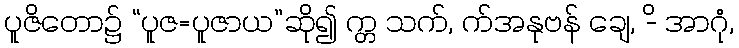
ပူဇိတော၌ “ပူဇ=ပူဇာယ”ဆို၍ က္တ သက်, က်အနုဗန် ချေ, -ိ အာဂုံ,